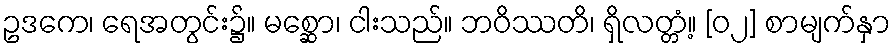
ဥဒကေ၊ ရေအတွင်း၌။ မစ္ဆော၊ ငါးသည်။ ဘဝိဿတိ၊ ရှိလတ္တံ့။ [၀၂] စာမျက်နှာ